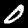
Label: 0